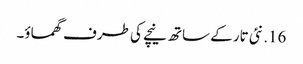
16. نئی تار کے ساتھ نیچے کی طرف گھماؤ۔